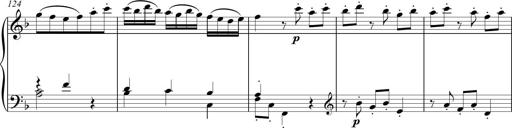
Title: Sonatina Vienesa al estilo de J.Haydn
Composer: JosÃ© RamÃ³n HernÃ¡ndez Bellido